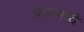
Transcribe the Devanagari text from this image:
घडामध्ये